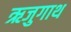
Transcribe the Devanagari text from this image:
ऋजुगाथ